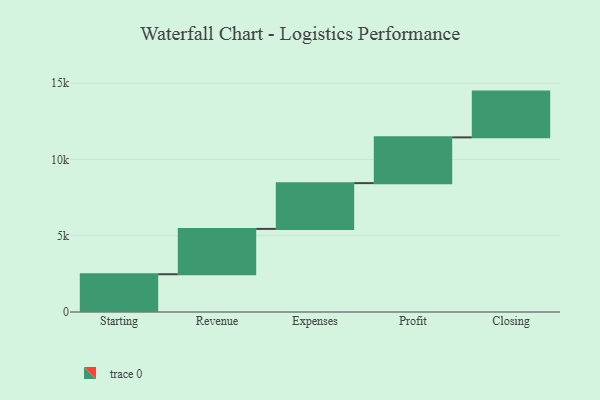
{"axis": {"x": "Step", "y": "Value"}, "legend": [""], "data": [{"x": "Starting", "y": 2475.0, "type": ""}, {"x": "Revenue", "y": 2972.0, "type": ""}, {"x": "Expenses", "y": 3000, "type": ""}, {"x": "Profit", "y": 3000, "type": ""}, {"x": "Closing", "y": 3000, "type": ""}]}